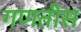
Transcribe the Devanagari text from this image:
गणतीस